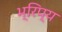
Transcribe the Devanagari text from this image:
भ्रिप्य